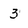
Character: 3